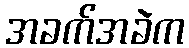
အခက်အခဲက